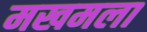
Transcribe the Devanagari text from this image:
मखमला